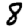
Digit: 8